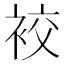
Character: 䘨